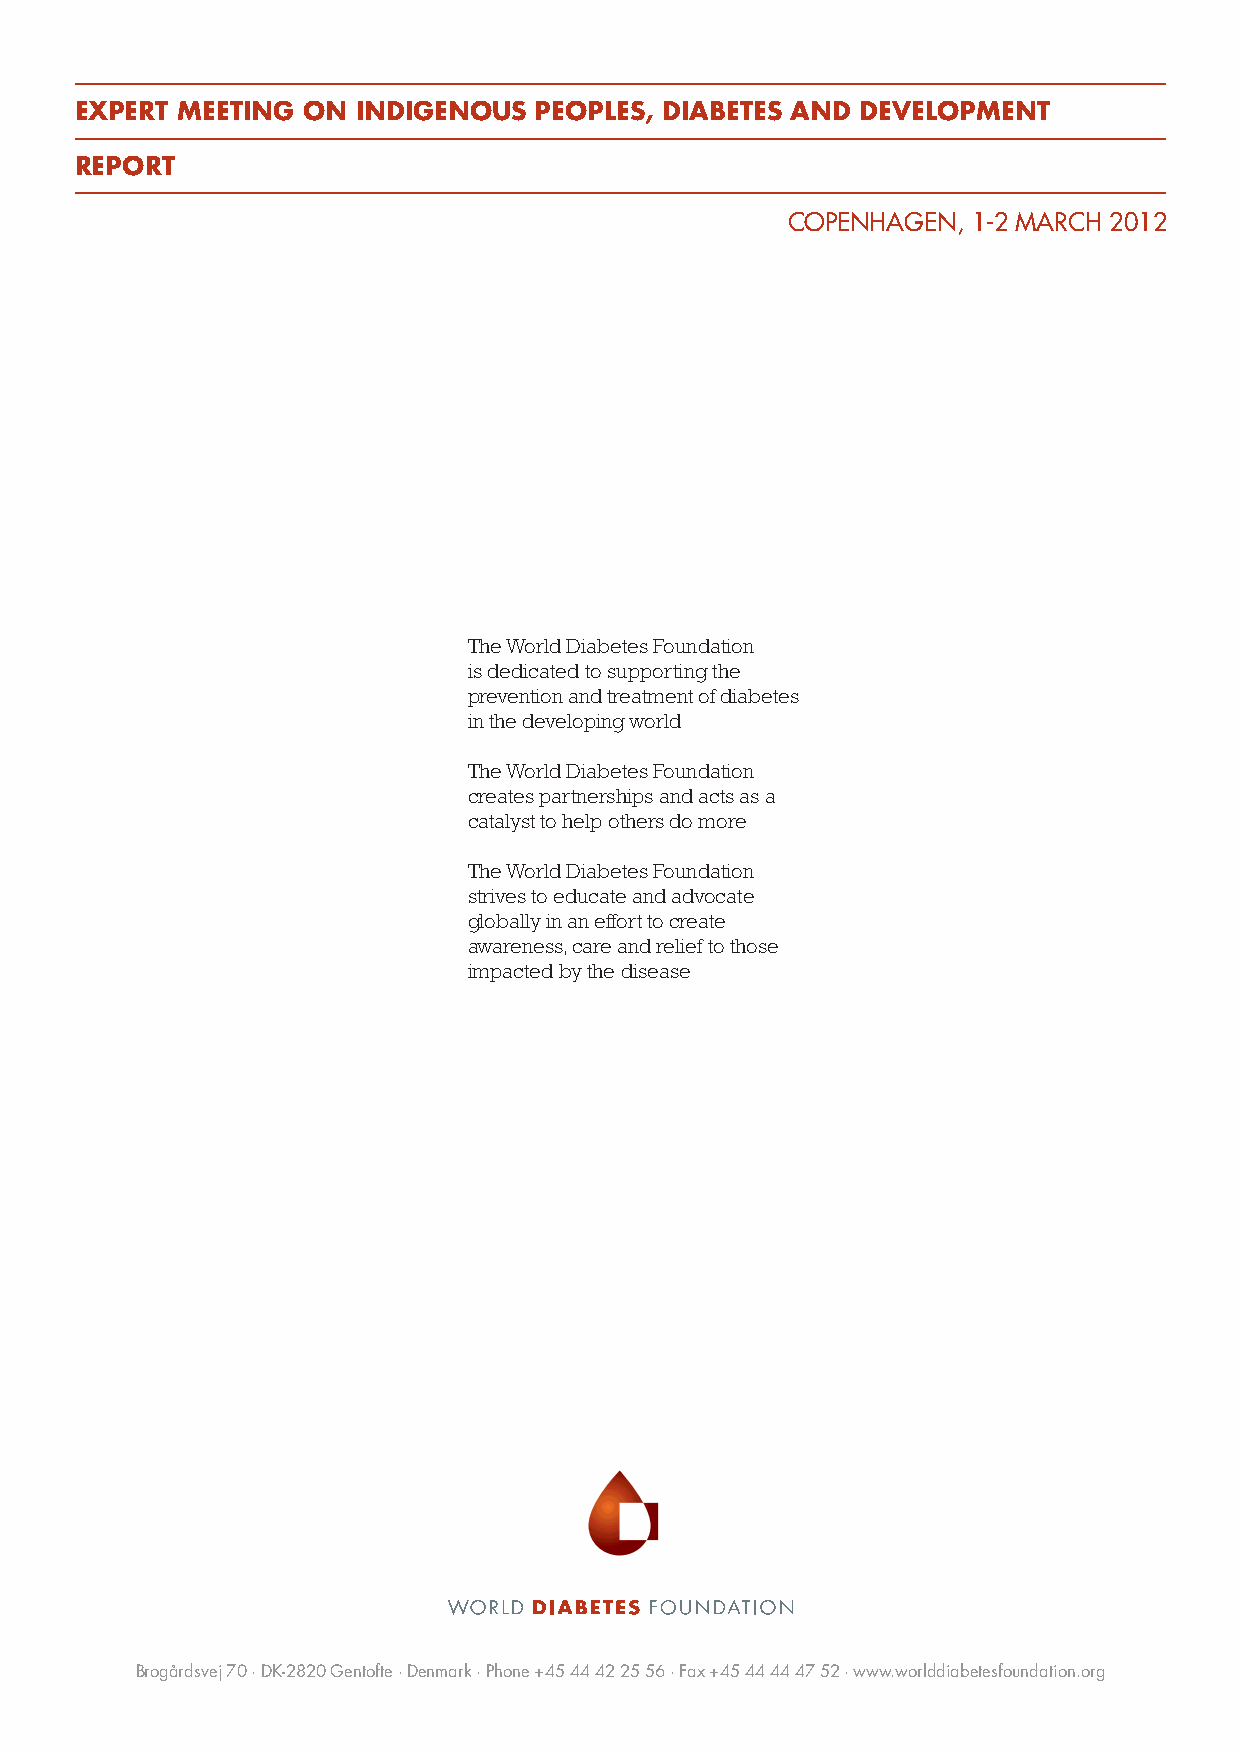
EXPERT MEETING ON  INDIGENOUS PEOPLES, DIABETES AND DEVELOPMENT
 REPORT
 COPENHAGEN, 1-2 MARCH 2012
 The World Diabetes Foundation
 is dedicated to supporting the
 prevention and treatment of diabetes
 in the developing world
 The World Diabetes Foundation
 creates partnerships and acts as a
 catalyst to help others do more
 The World Diabetes Foundation
 strives to educate and advocate
 globally in an effort to create
 awareness, care and relief to those
 impacted by the disease
 Brogårdsvej 70 · DK-2820 Gentofte · Denmark · Phone +45 44 42 25 56 · Fax +45 44 44 47 52 · www.worlddiabetesfoundation.org